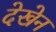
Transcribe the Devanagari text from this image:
देखेन